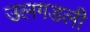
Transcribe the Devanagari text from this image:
उलगडली